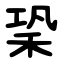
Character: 䅃